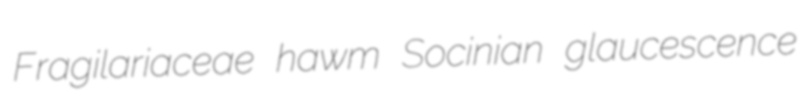
Fragilariaceae hawm Socinian glaucescence